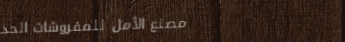
مصنع الأمل للمفروشات الحد